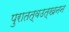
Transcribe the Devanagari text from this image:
पुरातत्वउत्खनन